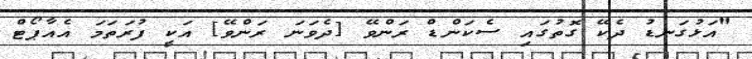
"އަޅުގަނޑު ދެކޭ ގޮތުގައި ސެކަންޑް ރަންވޭ [ދެވަނަ ރަންވޭ] އަކީ ފުރަތަމަ އެއާޕޯޓް